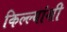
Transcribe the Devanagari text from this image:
किल्ल्यांशी